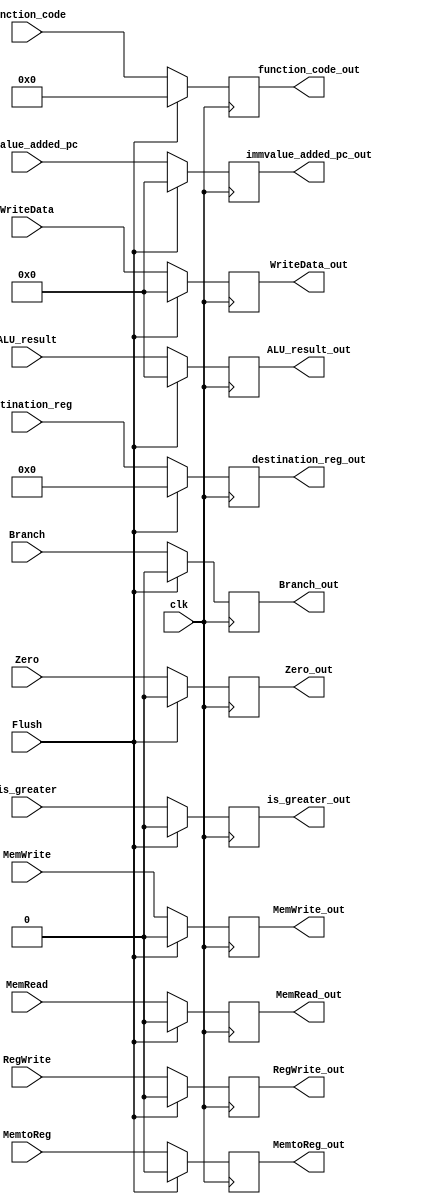
module EX_MEM(
    input clk,                     // Clock signal
    input Flush,                   // Flush control signal
    input RegWrite,                // Control signal for enabling register write
    input MemtoReg,                // Control signal for selecting memory or ALU result for register write
    input Branch,                  // Control signal for branch instruction
    input Zero,                    // Control signal indicating the ALU result is zero
    input MemWrite,                // Control signal for memory write
    input MemRead,                 // Control signal for memory read
    input is_greater,              // Control signal indicating the comparison result of the ALU operation
    input [63:0] immvalue_added_pc, // Immediate value added to the program counter
    input [63:0] ALU_result,       // Result of the ALU operation
    input [63:0] WriteData,        // Data to be written to memory or register file
    input [3:0] function_code,     // Function code for ALU operation
    input [4:0] destination_reg,   // Destination register for register write

    output reg RegWrite_out,       // Output signal for enabling register write
    output reg MemtoReg_out,       // Output signal for selecting memory or ALU result for register write
    output reg Branch_out,         // Output signal for branch instruction
    output reg Zero_out,           // Output signal indicating the ALU result is zero
    output reg MemWrite_out,       // Output signal for memory write
    output reg MemRead_out,        // Output signal for memory read
    output reg is_greater_out,     // Output signal indicating the comparison result of the ALU operation
    output reg [63:0] immvalue_added_pc_out, // Output signal for immediate value added to the program counter
    output reg [63:0] ALU_result_out,       // Output signal for the ALU result
    output reg [63:0] WriteData_out,        // Output signal for data to be written to memory or register file
    output reg [3:0] function_code_out,     // Output signal for function code for ALU operation
    output reg [4:0] destination_reg_out    // Output signal for destination register for register write
);

    // Assign output values based on control signals
    always @(posedge clk) begin
        if (Flush) begin
            // Reset output values when flush signal is active
            RegWrite_out = 0;
            MemtoReg_out = 0;
            Branch_out = 0;
            Zero_out = 0;
            is_greater_out = 0;
            MemWrite_out = 0;
            MemRead_out = 0;
            immvalue_added_pc_out = 0;
            ALU_result_out = 0;
            WriteData_out = 0;
            function_code_out = 0;
            destination_reg_out = 0;
        end 
        else begin
            // Assign output values based on input signals
            RegWrite_out = RegWrite;
            MemtoReg_out = MemtoReg;
            Branch_out = Branch;
            Zero_out = Zero;
            is_greater_out = is_greater;
            MemWrite_out = MemWrite;
            MemRead_out = MemRead;
            immvalue_added_pc_out = immvalue_added_pc;
            ALU_result_out = ALU_result;
            WriteData_out = WriteData;
            function_code_out = function_code;
            destination_reg_out = destination_reg;
        end
    end

endmodule